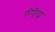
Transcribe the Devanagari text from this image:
फीड्रिएड्स